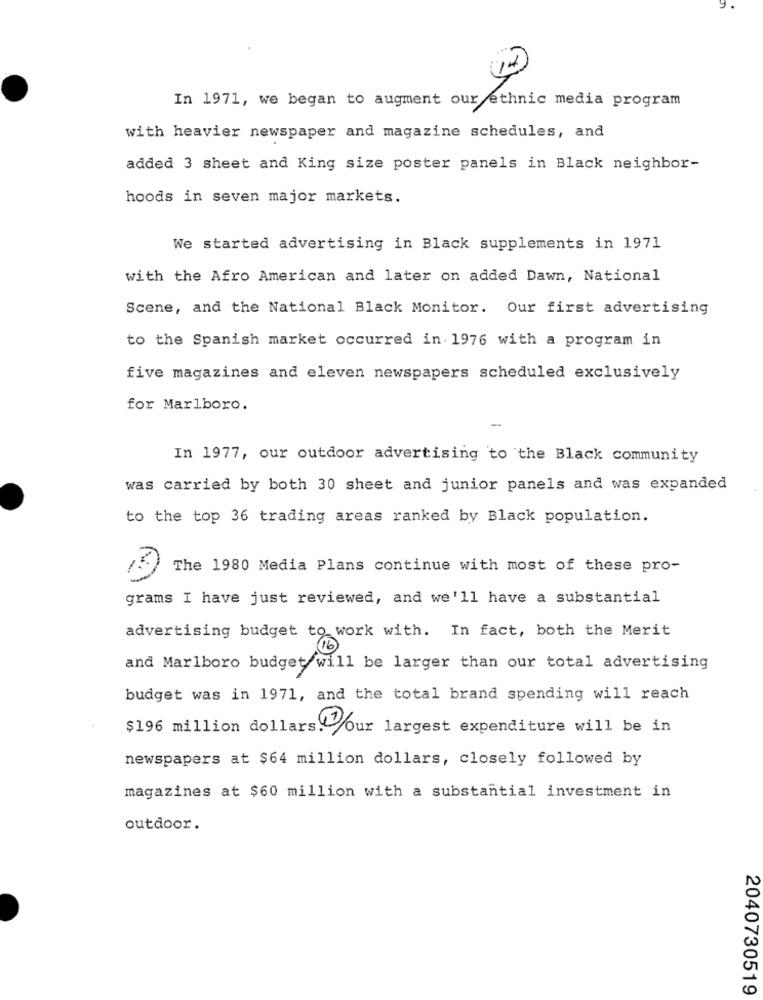
In 1971, we began to augment our ethnic media program
with heavier newspaper and magazine schedules, and
added 3 sheet and King size poster panels in Black neighbor-
hoods in seven major markets.
We started advertising in Black supplements in 1971
with the Afro American and later on added Dawn, National
Scene, and the National Black Monitor. Our first advertising
to the Spanish market occurred in 1976 with a program in
five magazines and eleven newspapers scheduled exclusively
for Marlboro.
-
In 1977, our outdoor advertising to the Black community
was carried by both 30 sheet and junior panels and was expanded
to the top 36 trading areas ranked by Black population.
The 1980 Media Plans continue with most of these pro-
grams I have just reviewed, and we'll have a substantial
advertising budget to work with. In fact, both the Merit
(16
and Marlboro budget will be larger than our total advertising
budget was in 1971, and the total brand spending will reach
$196 million dollars. Our largest expenditure will be in
newspapers at $64 million dollars, closely followed by
magazines at $60 million with a substantial investment in
outdoor.
2040730519